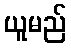
ယူမည်